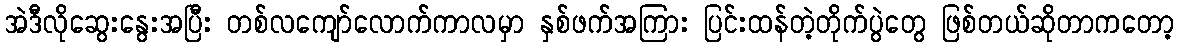
အဲဒီလိုဆွေးနွေးအပြီး တစ်လကျော်လောက်ကာလမှာ နှစ်ဖက်အကြား ပြင်းထန်တဲ့တိုက်ပွဲတွေ ဖြစ်တယ်ဆိုတာကတော့